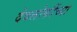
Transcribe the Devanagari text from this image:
देवलोकींच्या